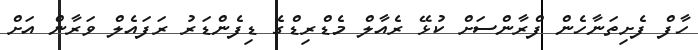
ހާފް ފެށިތަނާހެން ފްރާންސަށް ކުޅޭ ރެއާލް މެޑްރިޑްގެ ޑިފެންޑަރު ރަފައެލް ވަރާން އަށް